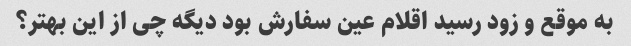
به موقع و زود رسید اقلام عین سفارش بود دیگه چی از این بهتر؟